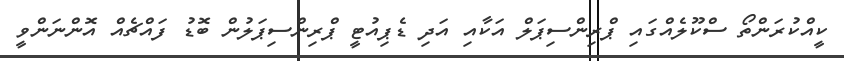
ކީއްކުރަންތޯ ސްކޫލެއްގައި ޕްރިންސިޕަލް އަކާއި އަދި ޑެޕިއުޓީ ޕްރިންސިޕަލުން ބޮޑު ފައްޗެއް އޮންނަންވީ